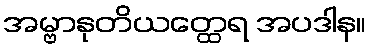
အမ္ဗာနုတိယတ္ထေရ အပဒါန။